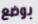
بوضع